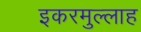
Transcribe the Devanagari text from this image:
इकरमुल्लाह